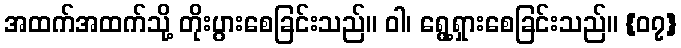
အထက်အထက်သို့ တိုးပွားစေခြင်းသည်။ ဝါ၊ ရွေ့ရှားစေခြင်းသည်။ {၀၇}